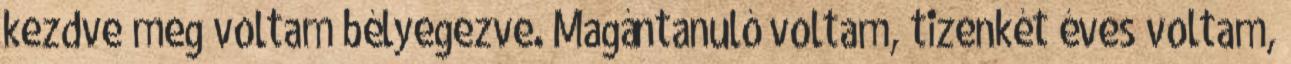
kezdve meg voltam bélyegezve. Magántanuló voltam, tizenkét éves voltam,